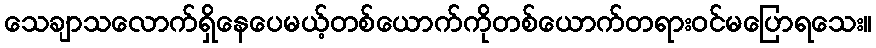
သေချာသလောက်ရှိနေပေမယ့်တစ်ယောက်ကိုတစ်ယောက်တရားဝင်မပြောရသေး။